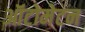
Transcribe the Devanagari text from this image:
ऑटोमेटन